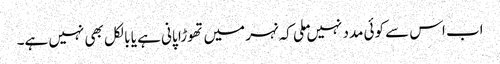
اب اس سے کوئی مدد نہیں ملی کہ نہر میں تھوڑا پانی ہے یا بالکل بھی نہیں ہے۔